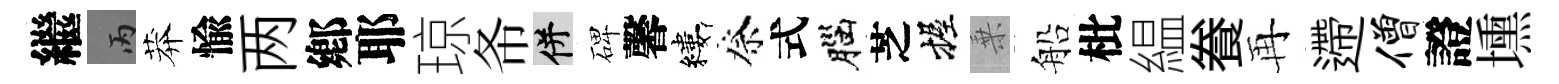
繼丙莽愉两鄕耶琼𢁙并碑馨縷祭式腦芝握乗船枇緼飬再遰僧證壎